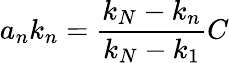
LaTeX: a_{n}k_{n}=\frac{k_{N}-k_{n}}{k_{N}-k_{1}}C